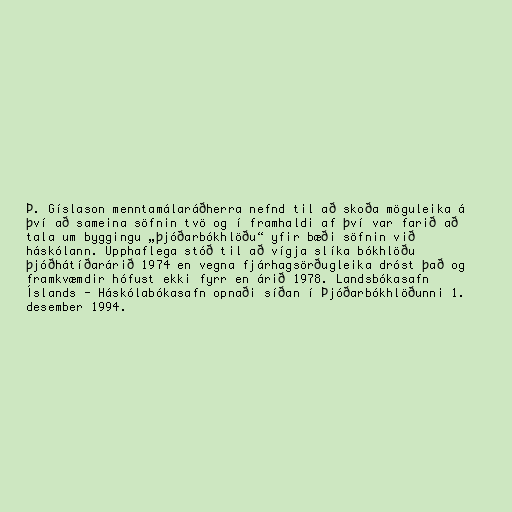
Þ. Gíslason menntamálaráðherra nefnd til að skoða möguleika á
því að sameina söfnin tvö og í framhaldi af því var farið að
tala um byggingu „þjóðarbókhlöðu“ yfir bæði söfnin við
háskólann. Upphaflega stóð til að vígja slíka bókhlöðu
þjóðhátíðarárið 1974 en vegna fjárhagsörðugleika dróst það og
framkvæmdir hófust ekki fyrr en árið 1978. Landsbókasafn
Íslands - Háskólabókasafn opnaði síðan í Þjóðarbókhlöðunni 1.
desember 1994.